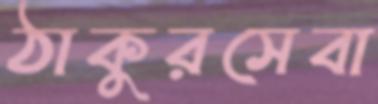
ঠাকুরসেবা